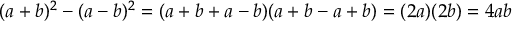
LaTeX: ( a + b ) ^ { 2 } - ( a - b ) ^ { 2 } = ( a + b + a - b ) ( a + b - a + b ) = ( 2 a ) ( 2 b ) = 4 a b